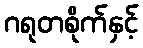
ဂရုတစိုက်နှင့်